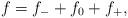
LaTeX: \begin{gather*}f=f_-+f_0+f_+,\end{gather*}